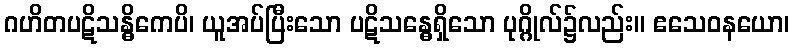
ဂဟိတပဋိသန္ဓိကေပိ၊ ယူအပ်ပြီးသော ပဋိသန္ဓေရှိသော ပုဂ္ဂိုလ်၌လည်း။ ဧသေဝနယော၊